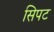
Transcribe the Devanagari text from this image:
सिपट